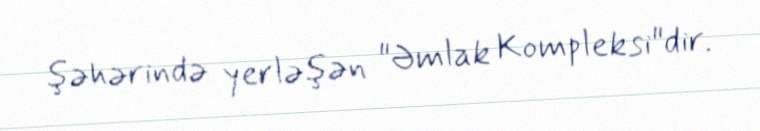
şəhərində yerləşən "Əmlak Kompleksi"dir.